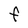
Character: F